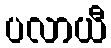
ပလာယီ